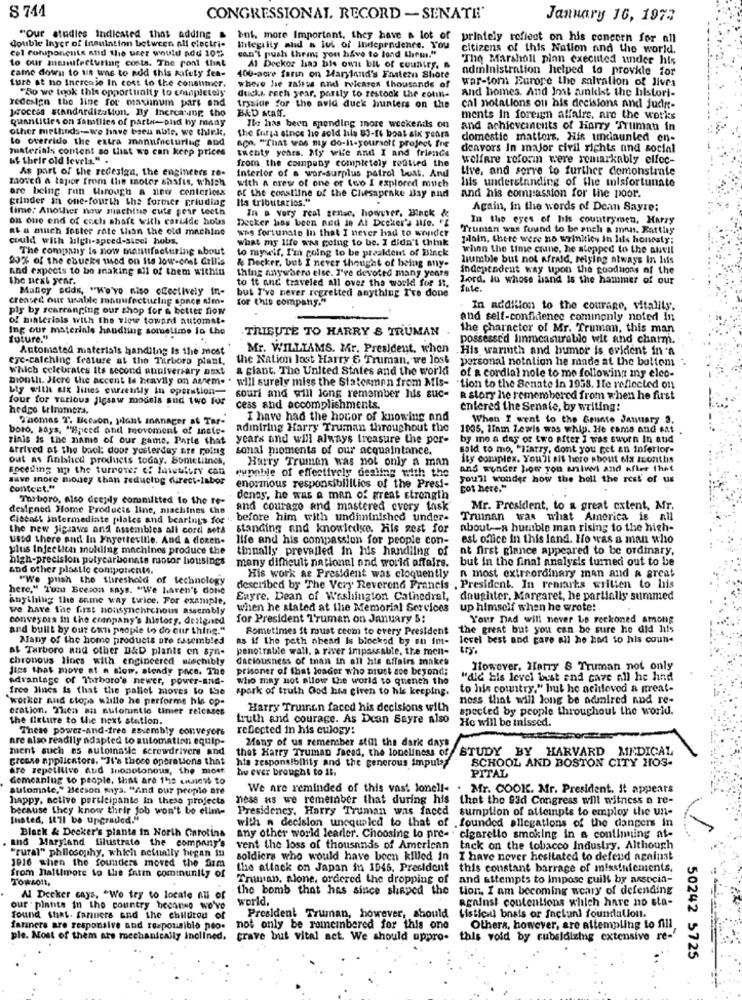
S 741
CONGRESSIONAL. RECORD - SENATE'
January 16, 1973
double inger of Insulation between all electri-
"Our studies Indicated that adding
bnl, more Important, they have a lot of
printely reflect on his concern for all
est conponents and the user would add 105
Inlegally aid a lot of Independence. You
citizens of this Nation and the world.
to our menufreturing costa. The ronl that
can't push them; you have to lond them."
The Marshall pinn executed under his
came down to us wns to add this safety fea-
Al Decker has bis own bit of country.
administration helped to provkle for
ture at no Increase In cost to the consumer.
400-acre farin on Maryland's Eastern Shore
war-torn Eurone the salvation of lives
"Bo we took this opportunity to completely
whove hie zaltes and relcares thousands of
ducks rech year, partly to restock the colille
and homes. And Jost amkit the histori-
redesign the line for maxinum part and
procces standardization, By Increasing tho
BAD ACANf.
tryside for the avid duck hunters on the
cal notations out his decisions and judy-
quantities on Samflies of parte-pind by many
ments In foreign affaire, are the works
other methods -- we have been able. we thir.k.
Ils has been spending more weekends on
and achievements of Harry Truman in
Lo override the extra manufacturing and
the forsa since he sold hils 83-14 boat six years
ACo. "That was my do-it-yourself project fre
domestic matters. His undaunled en-
materials content so that we can keep prices
twenty years. My wife and I and friends
denvors In major civil rights and social
At their old levels."
from the company completely refilled the
welfare roforin were remarkably elfoc-
As part of the redesign, the engineers re-
Interior of a wor-surplus patrol bust. And
Live, and serve to further demonstrate
moved a tapior from the motor shafts, which
with a brew of one or two I explored much
hits understanding of the misfortunate
are being run Wirough a new centericss
grinder in one-fourth the former priuding
Its tributarios."
of the coastline of the Chesapeake Bay and
and his compassion for the poor.
time: Another now machine cute gear teeth
In a very real sense, however, Binck &
Again, in the words of Dean Sayre:
on one end of each shaft with carbide hobs
Decker has been nad Je Al Decker's Ilfe. "E
In the eyes of his countrymen. Harry
Rt a much foster rate than the old machine
was fortunate In that I never had to wonder
Truman was found to be anch a anna. Eattly
could with high-speed-sicel hobs.
What my life was going to be. I didn't think
plain. there were no wzinities in lits honesty;
The company is now manufacturing about
to myweif, I'm going to be president of Black
when the time crune, he stepped to the alell
80% of the cbucks used on Its low-cost dell's
& Decker, but I never thought of being any-
humble but not Afraid, relying always In lis
and expects to be making all of them within
thing anywhere else. I've devoted many years
independent way upon the goodtons of the
the next year.
to it and traveled all over the world for st.
Lord, lu whose band is the hammer of our
Manley adds, "We've niso onectively in-
but I've never regretted anything I've done
creased our usable manufacturing sonoe nim-
for this company."
pis by rearranging our shop for & better fiow
In addition to the courage, vitality.
of materials with the view toward automat-
and self-confidence cominonly noted in
Ing our materials handling sometime lo the
TRIBUTE TO HARRY S TRUMAN
the character of Mr. Truman, this man
Suture."
possessed linmeasurable wit and charm.
Automated materials handling Is the most
Mr. WILLIAMS. Mr. President, when His warinth and humor is evident in a
eye-catching feature at the Tarboro plant,
the Nation lost Harry & Truman, we lost
personal notation he made at the bottom :
which celebrates its second anniversary next a giant. The United States and the world
month. Here the accent is heavily on asrem. " will surely miss the Statesmen from Mis-
of a cordial nole to me following my elec-
"tion to the Senate in 1958. He reflected on
uty with six lines currently in operation- souri and will long remember his suc-
four for various jigsaw models and two for
R story he remembered from when he first
hedge trimmers.
cess and accomplishments.
entered the Senate, by writing:
T'aomas T' Becaon, yant ananacer af Tar-
I have had the hocor of knowing and
When I went to the Gointo January 3.
boro, says, "Enced and movement of inete-
admiring Harry Truman throughout the
1935, liam lewis was whip. He came and eat
rinis is the name of our game. Parte that years and will always treasure the por-
by mo a day of two after I was sworn In atid
arrived at the back: door yesterday are roing
sonal pioments of our acquaintance.
said to mo, "Harry, dont you get an Inferior-
out as finished products today. Sometiines,
Harry Truman was not only a man
ity complex. You'll sit here about elx iconths
speeding up the turnover of lawwufury can
and wunder how you aniwvi and Afler thet
save Inore money than reducing direct-labor
eunable of effectively dealing with the
you'll wonder how the holl the rest of us
contest."
enormous responsibilities of the Presi-
got here."
Tarboro, also deeply committed to the te-
deney, he was a man of great strongin
designod Home Products line, machines the
and courage and mastered every task
Mr. President, to a great extent, Mr.
Ciecast intermediate plates and bearings for .. before him trith undiminished under-
Truman was what America is all
the new Jigsaws and assembles all cord seta
standing and knowledge. His zest for
about -- a humble man rising to the high-
used there and In Fayetteville. And a dozen-
life and his compassion for people con-
est office in this land. Ho was a man who
ulus Infectich molding machines produce the
tinnally prevailed in his handling of
nt first glance appeared to be ordinary,
high-precision polycarbonate motor housings
many difficult national ond world affairs.
but in the final analysis turned out to be
and other plastio components.
"We push the Shireshold of technology
His work as President was cloquently
n most extraordinary man and & great
here," Tomu Beeson says. "We haven't done
described by The Very Reverend Francis , President. In reniaits written to his
Anything the same way twice. For example.
Eayre. Dean of Washington Cathedral, daughter, Margaret, he partially summed
we have the first nonsynchrchous assembly
when he stated at the Memorial Services up himself when he wrote:
conveyors in the cranpany's history. designed
for President Truman on January 5:
Your nad will never be reckoned among
and built by our own people to do our thing."
Sometimes St roust ceom to every President
the great but you can be sure he did his
Many of the home products are tasembled
as if the path ahead Is blocked by an im-
level best and care all he had to his coun-
at Tarboro and other D&D plants on syn-
penetrable wall, a river impassable, the men-
chronous lines with engineered sischibly
daciousness of man in all his affairs makes
Jips that move at n siom, stondy pace. The
prisoner of that leader who must see beyond;
However, Harry & Truman not only
Advantage of Tarboro's newer, power-and-
who may not allow the world to quench the
"die bis level best and cave all he hind
free Jines is that the pallet moves to the
spark of truth God hasa given to his keeping.
to his country." but he acideved a great-
"worker nud stops willo he performe his op-
noss that will long be admired and re-
eration, Then aa autorintic timer reicases
Harry Truien faced his decisions with
spected by people throughout the world.
the fixture to the next station.
truth and courage. As Dcan Sayre Also
He will be missed.
These power-and-free assembly conveyors
reflected in his eulogy:
are also readily adapted to automation equip-
ment such as automatle screwdrivers and
thet Harry Truman faced, the loneliness of
Many of us remember still the dark days
STUDY BY HARVARD MEDICAL
crease applicators. "It's thoce operations that
his responsibility and the generous impuls
SCHOOL AND BOSTON CITY HOS-
are repetitive Aud Inonotonous, the most
he ever brought to il.
demeaning to people, that are 15: endien to
PITAL
sutomate," Hecson says. "And our propio are
We are reminded of this vast lonell- . Mr. COOK. Mr. President, it appears
happy, active participants In these projects
ness as we remember that during his that the 93d Congress will witness a re-
because they know their job won't be elim-
Presidency. Harry Truman was faced sumption of alleinpts to employ the un-
Insted, It'll be upgraded."
with a decision unequaled to that of .founded allegations of the dangers in
Black & Decker's pianta in North Carolina
any other world learler. Choosing to pre- . cigarette smoking in a continuing at-
and Maryland filustrato the company's
"rural" philosophy, which actually began tu
vent the loss of thousands of American tack on the tobacco Industry. Although
soldiers who would have been killed in
I have never hesitated to defend against
1916 when the founders moved the fam
the attack on Japan in 1945, President this constant barrage of missinfements,
from nallimore to the farm community of
Towsont,
Truman, alone, ordered the dropping of and attempts to Impose cuill by associa-
the bomb that has since shaped the tion, I am becoming weary of defending
Al Decker says, "We try to locate nu of
world.
against contentions which have no sta-
our plants in the country heconno we've
found that. farivers and the childrou of
President Truman, however, should
Listicu basis or factual foundation.
faraners are responsive and responsible peo-
not only be remembered for this one
Others, however, are altempling to fill
ple. Most of them are mechanically inclined.
trave but vital act. We should uppro- this vold by subsidizing extensive re-"
50242 5725